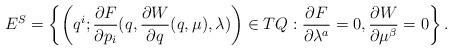
LaTeX: \begin{align*} E^{S}=\left \{\left(q^i;\frac{\partial F}{\partial p_i}(q,\frac{\partial W}{\partial q}(q,\mu),\lambda)\right )\in TQ:\frac{\partial F}{\partial \lambda^a}=0, \frac{\partial W}{\partial \mu^\beta}=0\right\}.\end{align*}